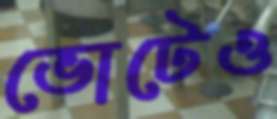
ভোটেও